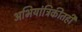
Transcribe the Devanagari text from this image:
अभियांत्रिकीतही